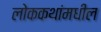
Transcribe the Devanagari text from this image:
लोककथांमधील